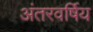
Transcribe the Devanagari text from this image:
अंतरवर्षिय